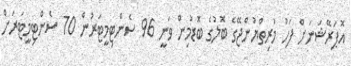
އޮޕަރޭޝަނަށް ފަހު މުރިތްޔުންޖޭގެ ބޮލުގެ ބޮޑުމިން ވަނީ 96 ސެންޓިމީޓަރުން 70 ސެންޓިމީޓަރަށް